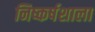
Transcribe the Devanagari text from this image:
निष्कर्षशाला